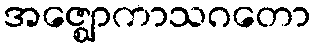
အဇ္ဈောကာသဂတော